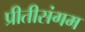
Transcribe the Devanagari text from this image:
प्रीतीसंगम